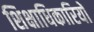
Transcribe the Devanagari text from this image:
शिक्षाधिकारियों